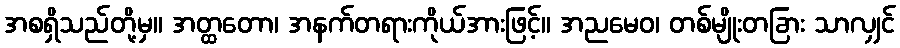
အစရှိသည်တို့မှ။ အတ္ထတော၊ အနက်တရားကိုယ်အားဖြင့်။ အညမေဝ၊ တစ်မျိုးတခြား သာလျှင်